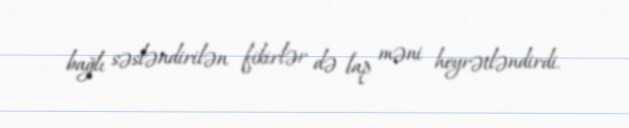
bağlı səsləndirilən fikirlər də lap məni heyrətləndirdi.